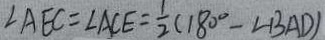
\angle A E C = \angle A C E = \frac { 1 } { 2 } ( 1 8 0 ^ { \circ } - \angle B A D )